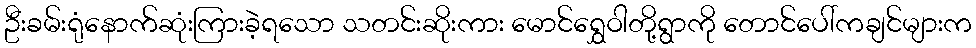
ဦးခမ်းရုံနောက်ဆုံးကြားခဲ့ရသော သတင်းဆိုးကား မောင်ရွှေဝါတို့ရွာကို တောင်ပေါ်ကချင်များက